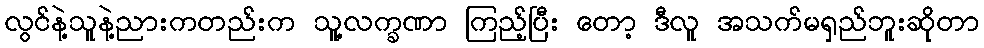
လွင်နဲ့သူနဲ့ညားကတည်းက သူ့လက္ခဏာ ကြည့်ပြီး တော့ ဒီလူ အသက်မရှည်ဘူးဆိုတာ